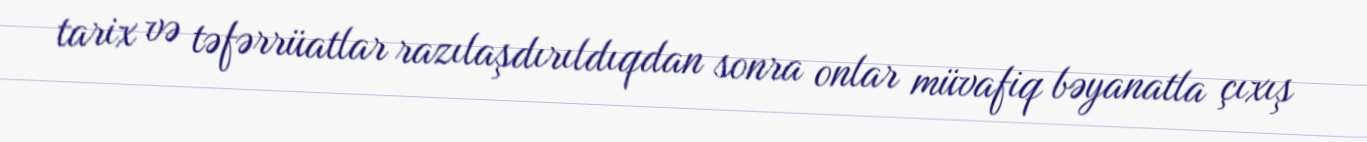
tarix və təfərrüatlar razılaşdırıldıqdan sonra onlar müvafiq bəyanatla çıxış